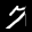
Label: 7